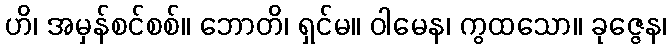
ဟိ၊ အမှန်စင်စစ်။ ဘောတိ၊ ရှင်မ။ ဝါမေန၊ ကွထသော။ ခုဇ္ဇေန၊